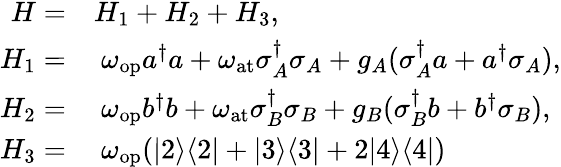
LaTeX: \begin{array}{rl}{H=}&{{}H_{1}+H_{2}+H_{3},}\\ {H_{1}=}&{{}~\omega_{\mathrm{op}}a^{\dagger}a+\omega_{\mathrm{at}}\sigma_{A}^{\dagger}\sigma_{A}+g_{A}(\sigma_{A}^{\dagger}a+a^{\dagger}\sigma_{A}),}\\ {H_{2}=}&{{}~\omega_{\mathrm{op}}b^{\dagger}b+\omega_{\mathrm{at}}\sigma_{B}^{\dagger}\sigma_{B}+g_{B}(\sigma_{B}^{\dagger}b+b^{\dagger}\sigma_{B}),}\\ {H_{3}=}&{{}~\omega_{\mathrm{op}}(|2\rangle\langle 2|+|3\rangle\langle 3|+2|4\rangle\langle 4|)}\end{array}